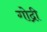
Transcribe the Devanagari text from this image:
गोद्री